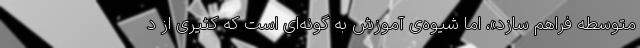
متوسطه فراهم سازد»، اما شیوه‌ی آموزش به گونه‌ای است که کثیری از د